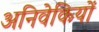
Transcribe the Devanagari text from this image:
अनिवेकियों